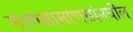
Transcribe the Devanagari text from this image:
माणसामाणसांमधील